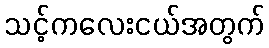
သင့်ကလေးငယ်အတွက်